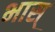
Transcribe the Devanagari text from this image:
भास्